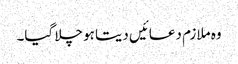
وہ ملازم دعائیں دیتا ہو چلا گیا۔